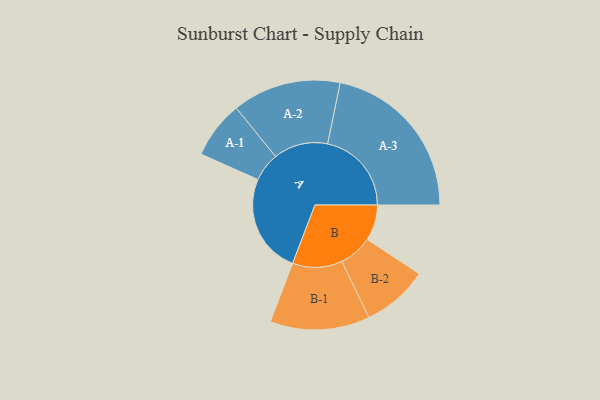
{"axis": {"x": "Segment", "y": "Value"}, "legend": ["", "A", "B"], "data": [{"x": "A", "y": 354, "type": ""}, {"x": "B", "y": 127, "type": ""}, {"x": "A-1", "y": 102, "type": "A"}, {"x": "A-2", "y": 193, "type": "A"}, {"x": "A-3", "y": 298, "type": "A"}, {"x": "B-1", "y": 177, "type": "B"}, {"x": "B-2", "y": 118, "type": "B"}]}